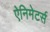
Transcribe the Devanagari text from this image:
ऐनिमेटर्स